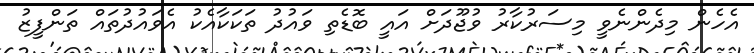
އެހެން މިދެންނެވީ މިސަރުކާރު ވުޖޫދަށް އައީ ބޮޑެތި ވައުދު ތަކަކާއެކު އެވައުދުތައް ތަންފީޒު